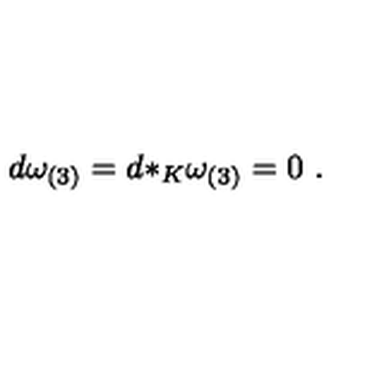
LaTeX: d \omega _ { ( 3 ) } = d { * _ { K } } \omega _ { ( 3 ) } = 0 \ .